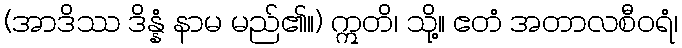
(အာဒိဿ ဒိန္နံ နာမ မည်၏။) ဣတိ၊ သို့။ ဧတံ အတာလစီဝရံ၊